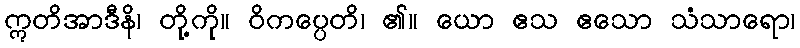
ဣတိအာဒီနိ၊ တို့ကို။ ဝိကပ္ပေတိ၊ ၏။ ယော ဧသ ဧသော သံသာရော၊